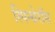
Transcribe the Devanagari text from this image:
स्पिन्थेरॉस